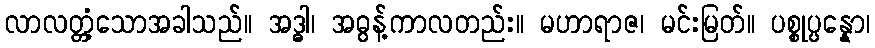
လာလတ္တံ့သောအခါသည်။ အဒ္ဓါ၊ အဓွန့်ကာလတည်း။ မဟာရာဇ၊ မင်းမြတ်။ ပစ္စုပ္ပန္နော၊